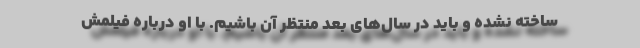
ساخته نشده و باید در سال‌های بعد منتظر آن باشیم. با او درباره فیلمش